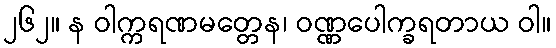
၂၆၂။ န ဝါက္ကရဏမတ္တေန၊ ဝဏ္ဏပေါက္ခရတာယ ဝါ။